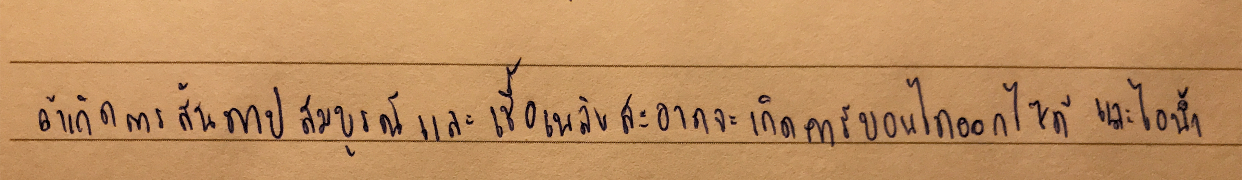
ถ้าเกิดการสันดาปสมบูรณ์และเชื้อเพลิงสะอาดจะเกิดคาร์บอนไดออกไซด์และไอน้ำ